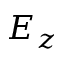
E _ { z }